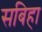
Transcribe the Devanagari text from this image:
सबिहा